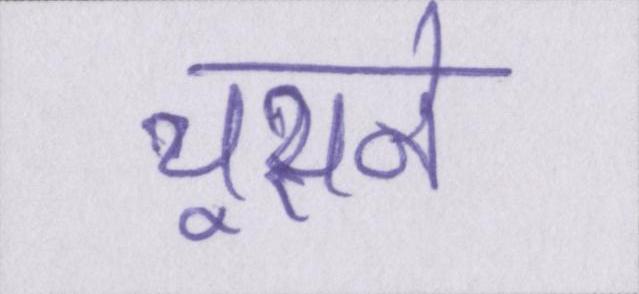
चूसने